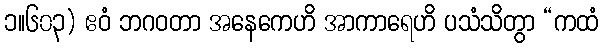
၁။၆၀၃) ဧဝံ ဘဂဝတာ အနေကေဟိ အာကာရေဟိ ပသံသိတွာ “ကထံ